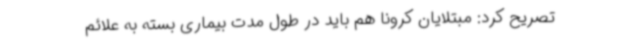
تصریح کرد: مبتلایان کرونا هم باید در طول مدت بیماری بسته به علائم